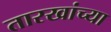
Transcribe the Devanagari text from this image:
तारखांच्या